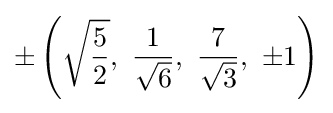
\pm \left({\sqrt {\frac {5}{2}}},\ {\frac {1}{\sqrt {6}}},\ {\frac {7}{\sqrt {3}}},\ \pm 1\right)